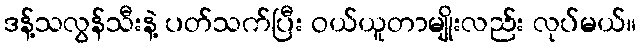
ဒန့်သလွန်သီးနဲ့ ပတ်သက်ပြီး ဝယ်ယူတာမျိုးလည်း လုပ်မယ်။